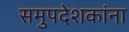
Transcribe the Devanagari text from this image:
समुपदेशकांना